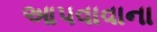
આપવાવાના